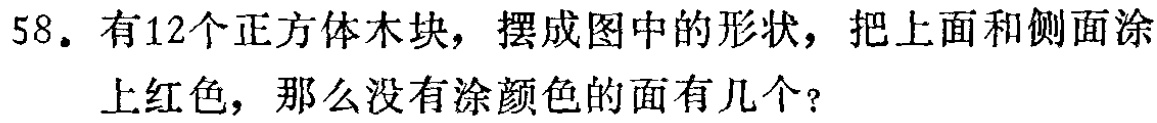
58. 有12个正方体木块，摆成图中的形状，把上面和侧面涂上红色，那么没有涂颜色的面有几个？